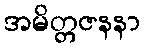
အမိတ္တဇနနာ